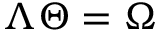
\Lambda \Theta = \Omega